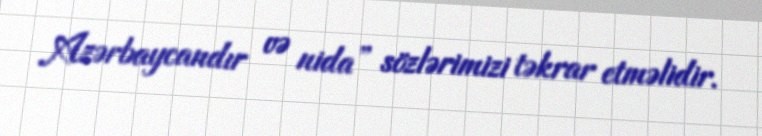
Azərbaycandır və nida” sözlərimizi təkrar etməlidir.